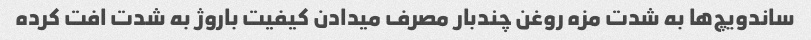
ساندویچ‌ها به شدت مزه روغن چندبار مصرف میدادن کیفیت باروژ به شدت افت کرده